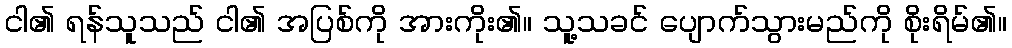
ငါ၏ ရန်သူသည် ငါ၏ အပြစ်ကို အားကိုး၏။ သူ့သခင် ပျောက်သွားမည်ကို စိုးရိမ်၏။